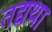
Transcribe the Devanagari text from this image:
तद्यथा